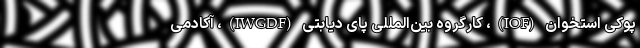
پوکی استخوان (IOF)، کارگروه بین‌المللی پای دیابتی (IWGDF)، آکادمی